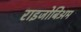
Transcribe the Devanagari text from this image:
राइजोबिअम